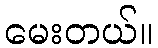
မေးတယ်။